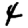
Digit: 4